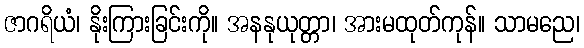
ဇာဂရိယံ၊ နိုးကြားခြင်းကို။ အနနုယုတ္တာ၊ အားမထုတ်ကုန်။ သာမညေ၊